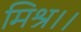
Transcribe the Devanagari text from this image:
मिश्र।।